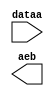
// megafunction wizard: %LPM_COMPARE%VBB%
// GENERATION: STANDARD
// VERSION: WM1.0
// MODULE: LPM_COMPARE 

// ============================================================
// Megafunction Name(s):
// 			LPM_COMPARE
//
// Simulation Library Files(s):
// 			lpm
// ============================================================
// ************************************************************
// THIS IS A WIZARD-GENERATED FILE. DO NOT EDIT THIS FILE!
//
// 13.1.0 Build 162 10/23/2013 SJ Full Version
// ************************************************************

//Copyright (C) 1991-2013 Altera Corporation
//Your use of Altera Corporation's design tools, logic functions 
//and other software and tools, and its AMPP partner logic 
//functions, and any output files from any of the foregoing 
//(including device programming or simulation files), and any 
//associated documentation or information are expressly subject 
//to the terms and conditions of the Altera Program License 
//Subscription Agreement, Altera MegaCore Function License 
//Agreement, or other applicable license agreement, including, 
//without limitation, that your use is for the sole purpose of 
//programming logic devices manufactured by Altera and sold by 
//Altera or its authorized distributors.  Please refer to the 
//applicable agreement for further details.

module div_comp (
	dataa,
	aeb);

	input	[3:0]  dataa;
	output	  aeb;

endmodule

// ============================================================
// CNX file retrieval info
// ============================================================
// Retrieval info: PRIVATE: AeqB NUMERIC "1"
// Retrieval info: PRIVATE: AgeB NUMERIC "0"
// Retrieval info: PRIVATE: AgtB NUMERIC "0"
// Retrieval info: PRIVATE: AleB NUMERIC "0"
// Retrieval info: PRIVATE: AltB NUMERIC "0"
// Retrieval info: PRIVATE: AneB NUMERIC "0"
// Retrieval info: PRIVATE: INTENDED_DEVICE_FAMILY STRING "Cyclone V"
// Retrieval info: PRIVATE: LPM_PIPELINE NUMERIC "0"
// Retrieval info: PRIVATE: Latency NUMERIC "0"
// Retrieval info: PRIVATE: PortBValue NUMERIC "0"
// Retrieval info: PRIVATE: Radix NUMERIC "16"
// Retrieval info: PRIVATE: SYNTH_WRAPPER_GEN_POSTFIX STRING "0"
// Retrieval info: PRIVATE: SignedCompare NUMERIC "0"
// Retrieval info: PRIVATE: aclr NUMERIC "0"
// Retrieval info: PRIVATE: clken NUMERIC "0"
// Retrieval info: PRIVATE: isPortBConstant NUMERIC "1"
// Retrieval info: PRIVATE: nBit NUMERIC "4"
// Retrieval info: PRIVATE: new_diagram STRING "1"
// Retrieval info: LIBRARY: lpm lpm.lpm_components.all
// Retrieval info: CONSTANT: LPM_HINT STRING "ONE_INPUT_IS_CONSTANT=YES"
// Retrieval info: CONSTANT: LPM_REPRESENTATION STRING "UNSIGNED"
// Retrieval info: CONSTANT: LPM_TYPE STRING "LPM_COMPARE"
// Retrieval info: CONSTANT: LPM_WIDTH NUMERIC "4"
// Retrieval info: USED_PORT: aeb 0 0 0 0 OUTPUT NODEFVAL "aeb"
// Retrieval info: USED_PORT: dataa 0 0 4 0 INPUT NODEFVAL "dataa[3..0]"
// Retrieval info: CONNECT: @dataa 0 0 4 0 dataa 0 0 4 0
// Retrieval info: CONNECT: @datab 0 0 4 0 0 0 0 4 0
// Retrieval info: CONNECT: aeb 0 0 0 0 @aeb 0 0 0 0
// Retrieval info: GEN_FILE: TYPE_NORMAL div_comp.v TRUE
// Retrieval info: GEN_FILE: TYPE_NORMAL div_comp.inc FALSE
// Retrieval info: GEN_FILE: TYPE_NORMAL div_comp.cmp FALSE
// Retrieval info: GEN_FILE: TYPE_NORMAL div_comp.bsf TRUE FALSE
// Retrieval info: GEN_FILE: TYPE_NORMAL div_comp_inst.v FALSE
// Retrieval info: GEN_FILE: TYPE_NORMAL div_comp_bb.v TRUE
// Retrieval info: LIB_FILE: lpm